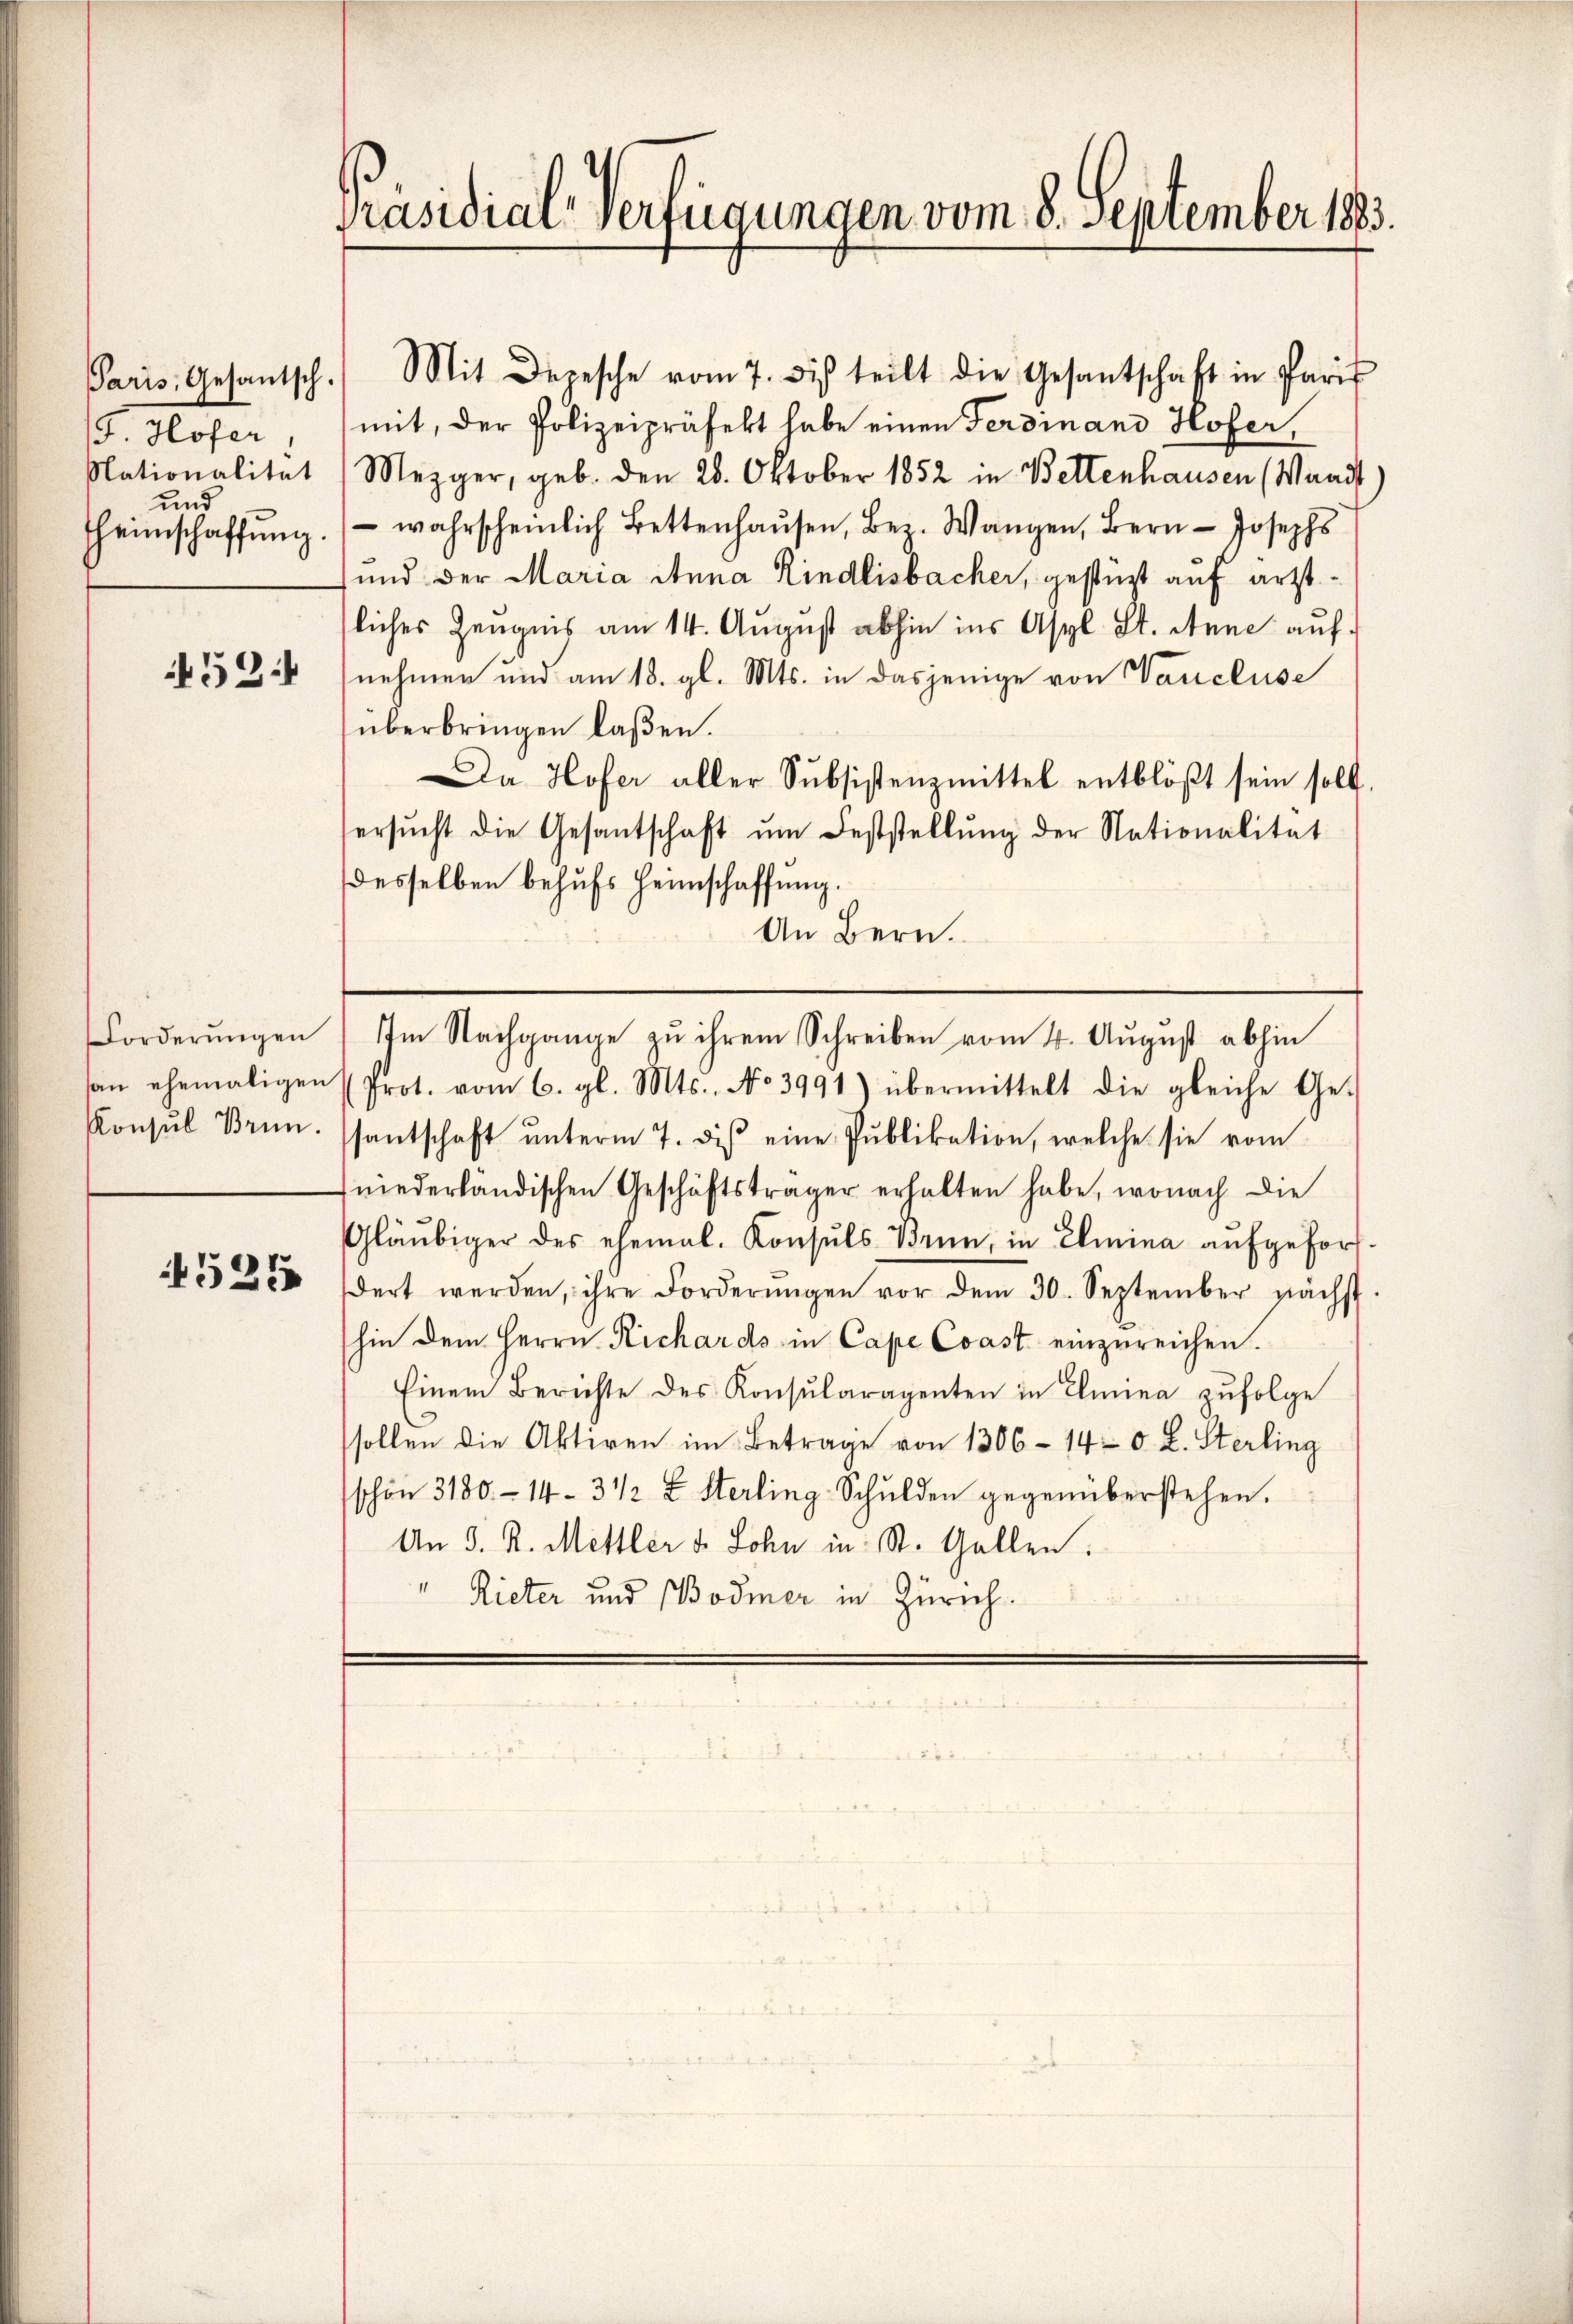
5 Hofer,
Nationalität
und

452.

Forderŭngen
Konsul Brun

525

Präsidial-Verfügungen vom 8. September 1883.

Paris. Gesantsch. Mit Depesche vom 7. di teilt die Gesantschaft in Paris
heimschaffŭng wahrscheinlich Bettenhaŭsen, Bez. Wangen, Bern Josephs
liches Zeugnis am 14. August abhin ins Asyl St. Anne aufnehmen und am 18. gl. Mts. in dasjenige von Vancluse
überbringen laßen.
Da Hofer aller Subsistenzmittel entblößt sein soll.
ersŭcht die Gesantschaft ŭm Feststellŭng der Nationalität
desselben behufs Heimschaffung.
An Bern.
Im Nachgange zu ihrem Schreiben vom 4. August abhin
an ehemaligen (Prot. vom 6. gl. Mts., No 3991) übermittelt die gleiche Ge-
santschaft ŭnterm 7. diβ eine Pŭblikation, welche sie vom
niederländischen Geschäftsträger erhalten habe, wonach die
Gläubiger des ehemal. Konsuls Bern, in Elmina aŭfgeford-
dert werden, ihre Forderŭngen vor dem 30. September nächst
hin dem Herrn Richards in Cape Const einzureichen.
Einem Berichte des Konsŭlaragenten in Elmina zŭfolge
sollen die Aktiven im Betrage von 1306 - 140. L. Sterling
schön 3180 - 14- 3 1/2 x Sterling-Schulden gegenüberstehen.
An 3. R. Mettler v. John in St. Gallen.
" Rieter und Bodmer in Zürich.

mit, der Polizeipräfekt habe einen Ferdinand Hofer,
Mezger, geb. den 28. Oktober 1852 in Bettenhausen (Waadt
und der Maria Anna Rindlisbacher, gestüzt auf ärzt¬